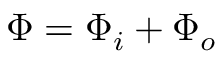
\Phi = \Phi _ { i } + \Phi _ { o }